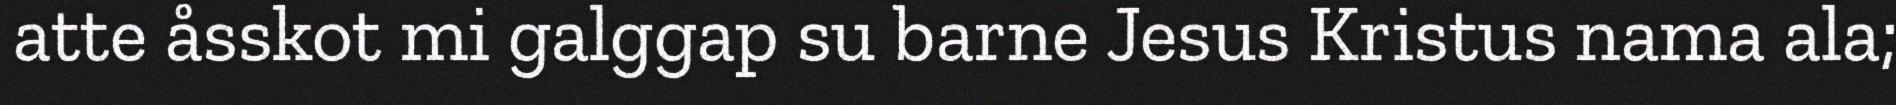
atte åsskot mi galggap su barne Jesus Kristus nama ala;